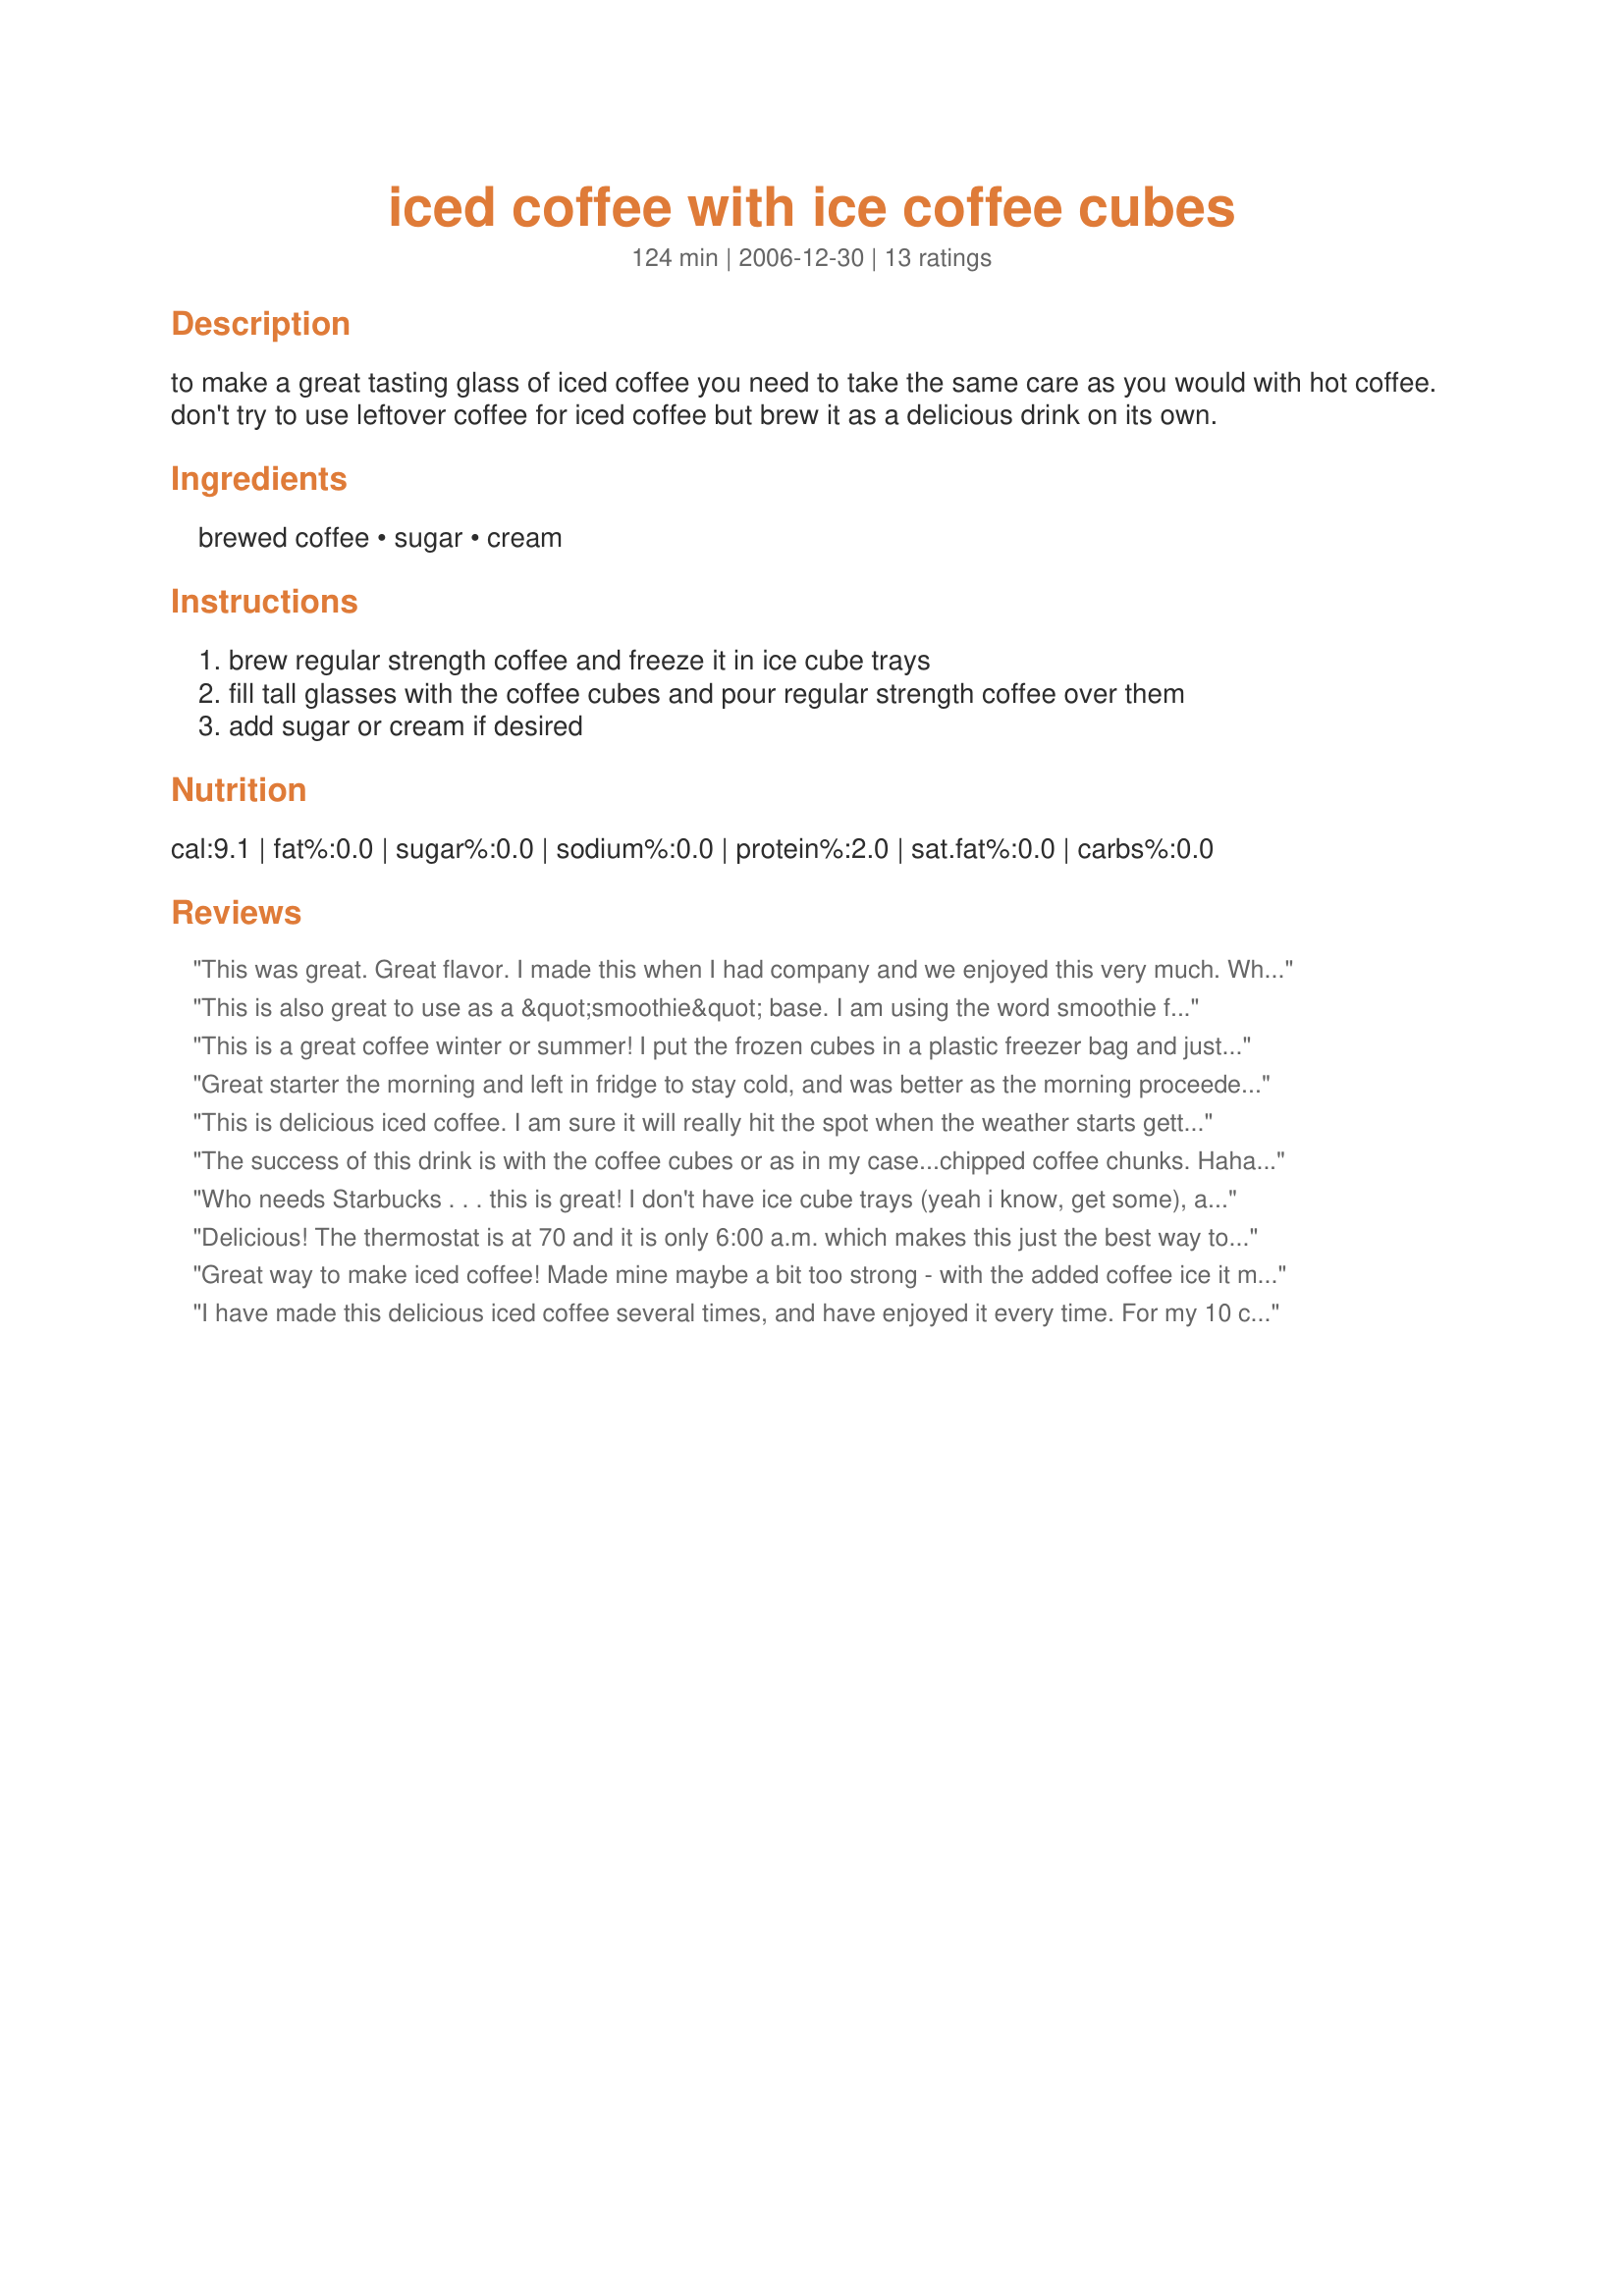
iced coffee with ice coffee cubes
Preparation time: 124 minutes

to make a great tasting glass of iced coffee you need to take the same care as you would with hot coffee. don't try to use leftover coffee for iced coffee but brew it as a delicious drink on its own.

Ingredients:
brewed coffee, sugar, cream

Steps:
brew regular strength coffee and freeze it in ice cube trays
fill tall glasses with the coffee cubes and pour regular strength coffee over them
add sugar or cream if desired

Reviews:
This was great. Great flavor. I made this when I had company and we enjoyed this very much. Who needs to go to a coffee shop when you can make this at home. Thanks for sharing.
This is also great to use as a &quot;smoothie&quot; base. I am using the word smoothie for lack of a better word/description. The liquid coffee is used as necessary and the coffee cubes are the chiller and the thickener. I typically use vanilla protein powder or chocolate protein powder...coffee and breakfast in one glass and on the go. I like Acadia&#039;s idea about the almond milk also. TY Annacia! I am inspired to try it other ways now also.
This is a great coffee winter or summer! I put the frozen cubes in a plastic freezer bag and just pull out the amount of cubes I need to fill up a glass and then pour on the coffee. I used some leftover evaporated skim milk from another recipe. Thanks Annacia!
Great starter the morning and left in fridge to stay cold, and was better as the morning proceeded while doing yard work. Made for PRMR tag
This is delicious iced coffee. I am sure it will really hit the spot when the weather starts getting warmer! I will make again.
The success of this drink is with the coffee cubes or as in my case...chipped coffee chunks. Haha my teeth are jitterin' and it's not just from this delicious chill. I've got my caffeine groove goin' on, too. Made for PRMR.
Who needs Starbucks . . . this is great! I don't have ice cube trays (yeah i know, get some), anyway, I poured the cooled coffee in a ziplock bag. Not ideal, because then I had to break into smaller pieces. But it worked. A great afternoon pick me up, and great way to use left over coffee! Thanks Annacia for another great recipe!
Delicious! The thermostat is at 70 and it is only 6:00 a.m. which makes this just the best way to start the day. Love ice coffee and with coffee flavored ice cubes it does not get diluted. Made as written. Thanks so much for the post.
Great way to make iced coffee! Made mine maybe a bit too strong - with the added coffee ice it makes for some strong iced coffee!! Loved it - will make it again as soon as it is warmer outside!! Thanks Annacia!
I have made this delicious iced coffee several times, and have enjoyed it every time. For my 10 cup coffee maker, I used 12 teaspoons of Folgers Chocolate Truffle Ground Coffee, (1-1/2 teasp of ground coffee per each 3/4's cup of water) and when preparing the iced coffee, I added a splash of vanilla extract, and 4 teaspoonfuls of sugar per each glass. For easy directions as to how to make iced coffee, similar to this recipe, go to the following video website... http://video.about.com/coffeetea/Iced-Coffee.htm Thank
 you Annacia, for posting this recipe. It was quite delish!!
This is a very refreshing drink for a hot day. The worst part of most iced coffee is the melting ice, which waters it down. The coffee cubes keep this flavorful and delicious. Thanks for posting!
So good on a hot day!
Great refreshing flavorful coffee! Loved the idea of making the coffee ice cubes! I could see adding coffee ice cubes to almond milk too. Made for February's Sun & Spice tag.
